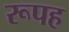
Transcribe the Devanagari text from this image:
रूपह